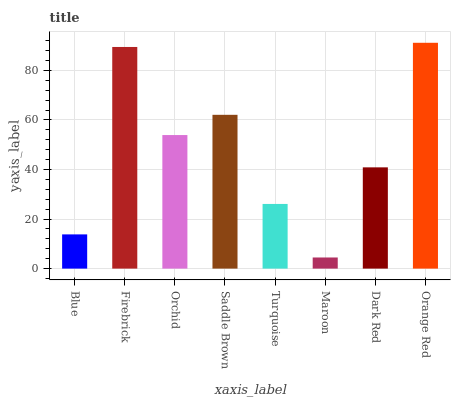
| xaxis_label | bars |
 | --- | --- |
 | Blue | 13.8 |
 | Firebrick | 89.4 |
 | Orchid | 53.9 |
 | Saddle Brown | 62.1 |
 | Turquoise | 26.1 |
 | Maroon | 4.49 |
 | Dark Red | 40.9 |
 | Orange Red | 91.1 |